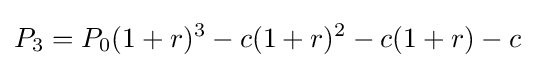
P_{3}=P_{0}(1+r)^{3}-c(1+r)^{2}-c(1+r)-c